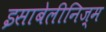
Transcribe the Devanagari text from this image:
इसाबेलीनिज़्म